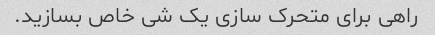
راهی برای متحرک سازی یک شی خاص بسازید.